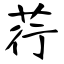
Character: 荇